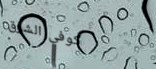
كوفي الشرق